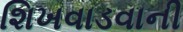
શિખવાડવાની